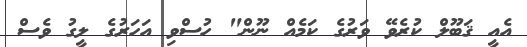
އެއީ ޤަބޫލް ކުރެވޭ ވަރުގެ ކަމެއް ނޫން" ހުސްވި އަހަރުގެ ލީގު ވެސް